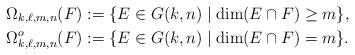
LaTeX: \begin{align*}\Omega_{k,\ell,m,n}(F) &:=\{E \in G(k,n) \mid \dim(E \cap F) \ge m \} , \\\Omega_{k,\ell,m,n}^o(F) &:= \{E \in G(k,n) \mid \dim(E \cap F) =m \} .\end{align*}